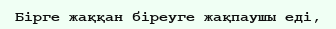
Бірге жаққан біреуге жақпаушы еді,